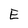
Character: E